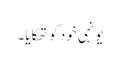
یونہی خود کو تھکایا۔